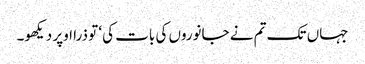
جہاں تک تم نے جانوروں کی بات کی‘ تو ذرا اوپر دیکھو۔